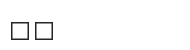
٤٥